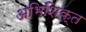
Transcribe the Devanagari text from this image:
अभिशिक्त